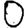
Digit: 0